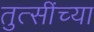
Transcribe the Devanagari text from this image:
तुत्‍सींच्‍या